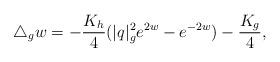
LaTeX: \begin{align*}\triangle_g w=-\frac{K_h}{4}(|q|_g^2e^{2w}-e^{-2w})-\frac{K_{g}}{4},\end{align*}